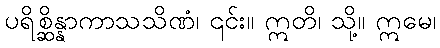
ပရိစ္ဆိန္နာကာသသိဏံ၊ ၎င်း။ ဣတိ၊ သို့။ ဣမေ၊